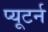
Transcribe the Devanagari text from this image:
प्यूटर्न